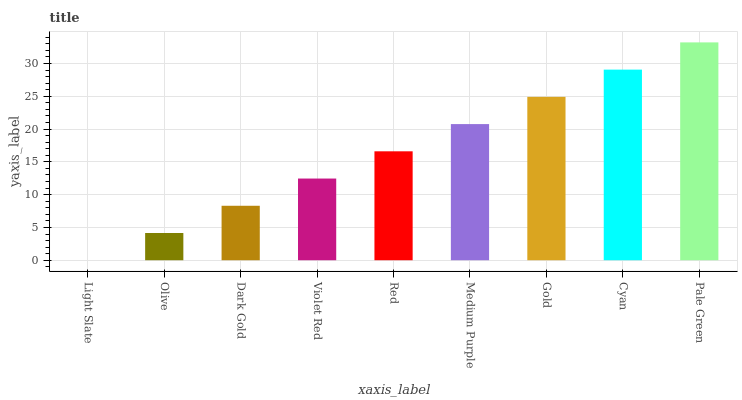
| xaxis_label | bars |
 | --- | --- |
 | Light Slate | 0 |
 | Olive | 4.15 |
 | Dark Gold | 8.31 |
 | Violet Red | 12.5 |
 | Red | 16.6 |
 | Medium Purple | 20.8 |
 | Gold | 24.9 |
 | Cyan | 29.1 |
 | Pale Green | 33.2 |